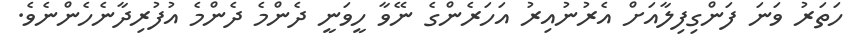
ހަތަރު ވަނަ ފަންގިފިލާއަށް އެރުނުއިރު އަހަރެންގެ ނޭވާ ހީވަނީ ދެންމެ ދެންމެ އުފުރިދާނެހެންނެވެ.